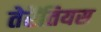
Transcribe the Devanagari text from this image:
तेरेंतियस